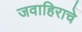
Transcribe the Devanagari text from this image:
जवाहिराचे